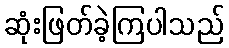
ဆုံးဖြတ်ခဲ့ကြပါသည်